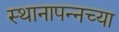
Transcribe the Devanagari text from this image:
स्थानापन्नच्या